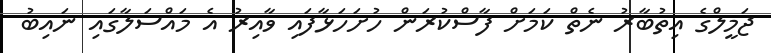
ޖަމީލްގެ އިތުބާރު ނެތް ކަމަށް ފާސްކުރަން ހުށަހަޅާފައި ވާއިރު އެ މައްސަލާގައި ނައިބު